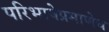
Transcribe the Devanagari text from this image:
परिभाषेप्रमाणेच